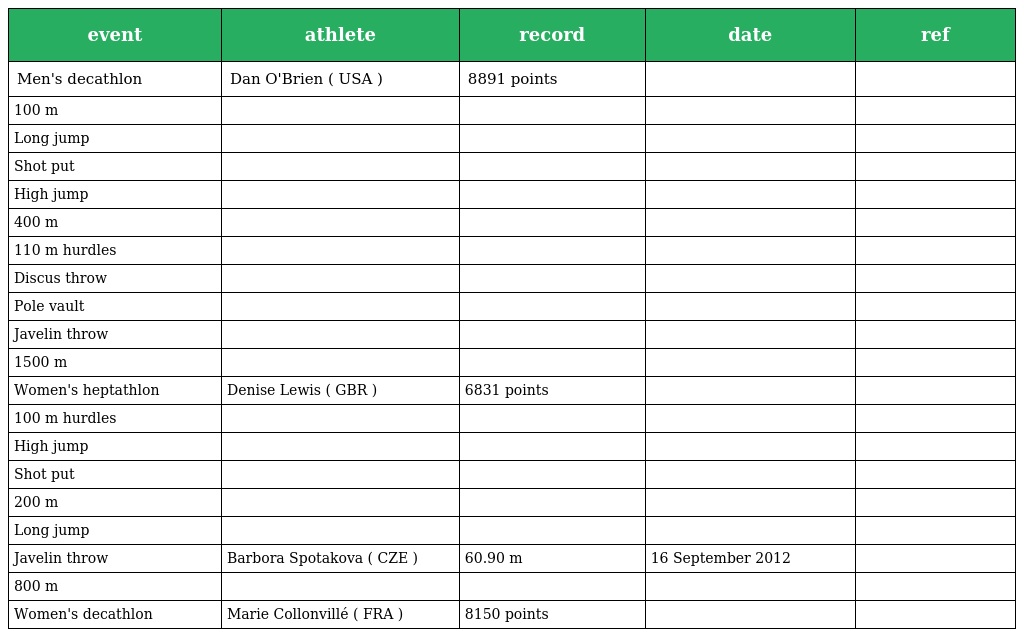
| event | athlete | record | date | ref |
 | --- | --- | --- | --- | --- |
 | Men's decathlon | Dan O'Brien ( USA ) | 8891 points |  |  |
 | 100 m |  |  |  |  |
 | Long jump |  |  |  |  |
 | Shot put |  |  |  |  |
 | High jump |  |  |  |  |
 | 400 m |  |  |  |  |
 | 110 m hurdles |  |  |  |  |
 | Discus throw |  |  |  |  |
 | Pole vault |  |  |  |  |
 | Javelin throw |  |  |  |  |
 | 1500 m |  |  |  |  |
 | Women's heptathlon | Denise Lewis ( GBR ) | 6831 points |  |  |
 | 100 m hurdles |  |  |  |  |
 | High jump |  |  |  |  |
 | Shot put |  |  |  |  |
 | 200 m |  |  |  |  |
 | Long jump |  |  |  |  |
 | Javelin throw | Barbora Spotakova ( CZE ) | 60.90 m | 16 September 2012 |  |
 | 800 m |  |  |  |  |
 | Women's decathlon | Marie Collonvillé ( FRA ) | 8150 points |  |  |